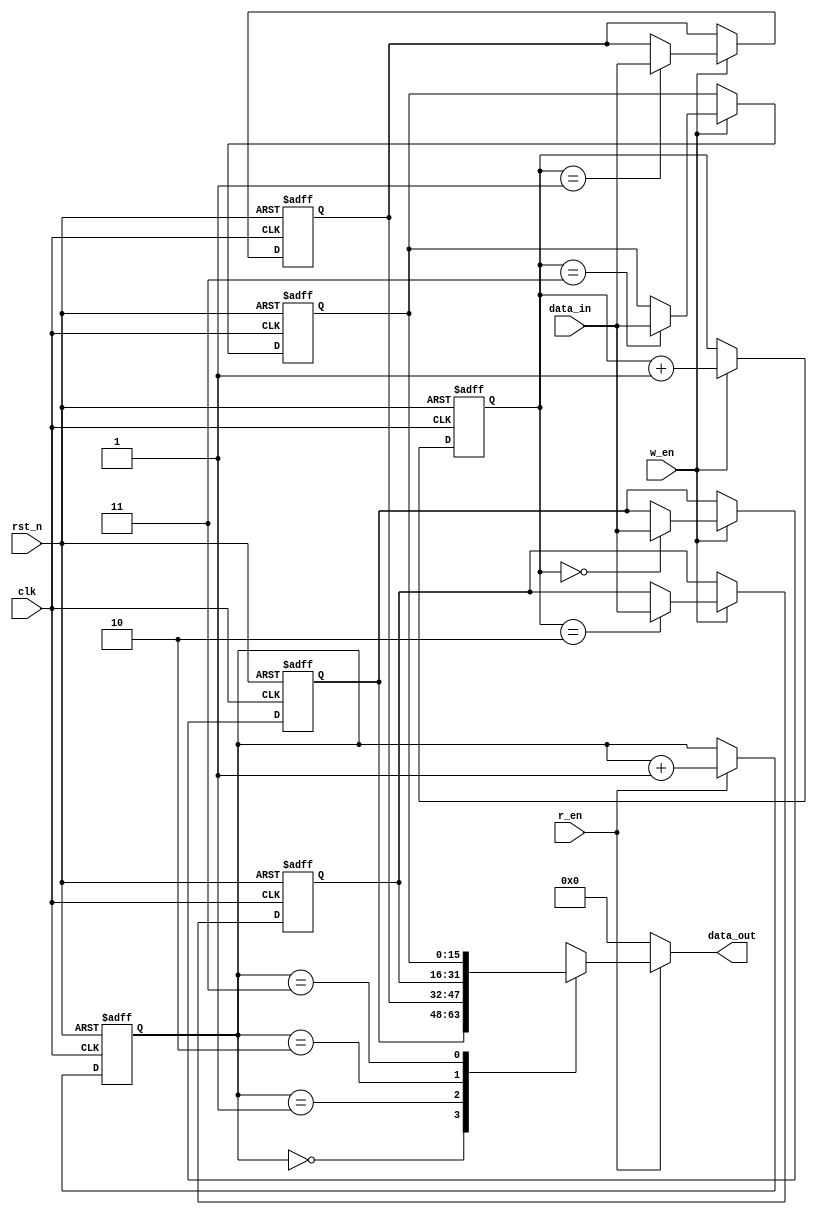
`timescale 1ns/100ps
module fifo4 #(parameter WIDTH = 16, parameter INDEX = 2)(
	input  clk,
	input  rst_n,
	input  w_en,
	input  r_en,
	input  [WIDTH-1:0] data_in,
	output reg [WIDTH-1:0] data_out
);

reg [INDEX-1:0] w_index_r;
reg [INDEX-1:0] r_index_r;
reg [WIDTH-1:0] mem [(1<<INDEX)-1:0];

always @(posedge clk or negedge rst_n)
begin
  if(!rst_n)
  begin
    w_index_r <= 2'b0;
    r_index_r <= 2'b0;
    mem[0] <= 16'b0;
    mem[1] <= 16'b0;
    mem[2] <= 16'b0;
    mem[3] <= 16'b0;
  end
  else
  begin 
    if(w_en)    
    begin
      w_index_r <= w_index_r + 1'b1;
      mem[w_index_r] <= data_in;
    end
    else
      w_index_r <= w_index_r;
    
    if(r_en)
      r_index_r <= r_index_r + 1'b1;
    else
      r_index_r <= r_index_r;
  end
end

always @(*)
begin
  if(r_en)
    data_out = mem[r_index_r];
  else
    data_out = 16'b0;
end

endmodule